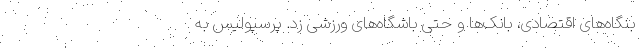
بنگاه‌های اقتصادی، بانک‌ها و حتی باشگاه‌های ورزشی زد. پرسپولیس به